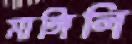
মাঙ্গিলি